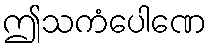
ဤသကံပေါဏေ